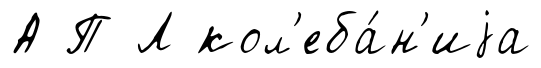
А П Л кол'еба́н'иjа